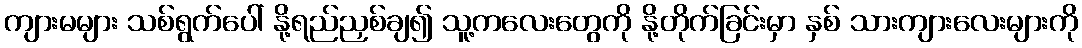
ကျားမများ သစ်ရွက်ပေါ် နို့ရည်ညှစ်ချ၍ သူ့ကလေးတွေကို နို့တိုက်ခြင်းမှာ နှစ် သားကျားလေးများကို